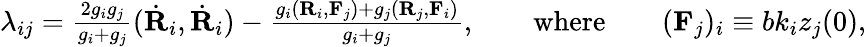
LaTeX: \begin{array}{r}{\lambda_{ij}=\frac{2g_{i}g_{j}}{g_{i}+g_{j}}(\dot{\mathbf R}_{i},\dot{\mathbf R}_{i})-\frac{g_{i}({\mathbf R}_{i},{\mathbf F}_{j})+g_{j}({\mathbf R}_{j},{\mathbf F}_{i})}{g_{i}+g_{j}},\qquad\mathrm{where}\qquad({\mathbf F}_{j})_{i}\equiv bk_{i}z_{j}(0),}\end{array}